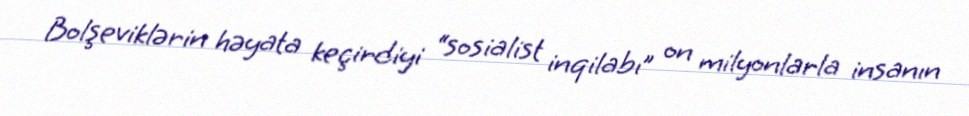
Bolşeviklərin həyata keçirdiyi “sosialist inqilabı” on milyonlarla insanın